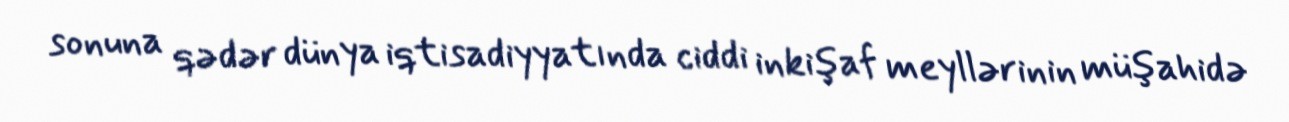
sonuna qədər dünya iqtisadiyyatında ciddi inkişaf meyllərinin müşahidə